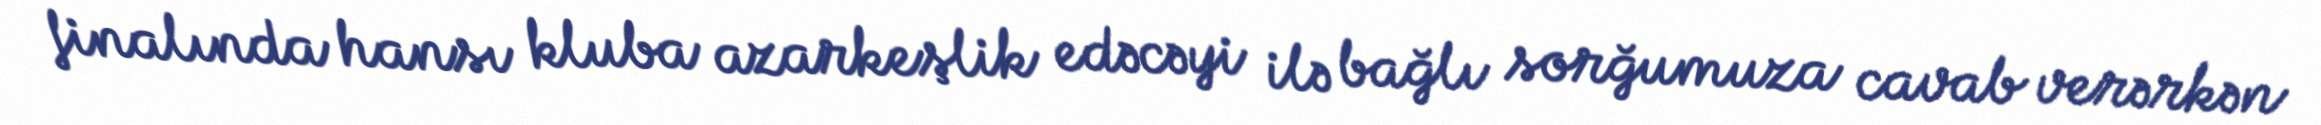
finalında hansı kluba azarkeşlik edəcəyi ilə bağlı sorğumuza cavab verərkən